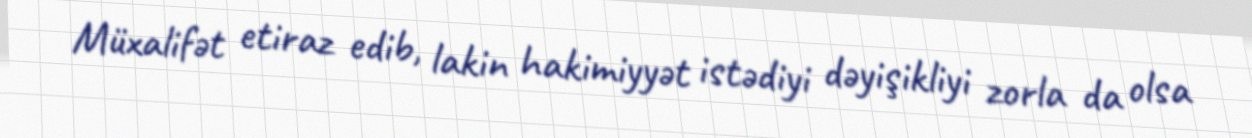
Müxalifət etiraz edib, lakin hakimiyyət istədiyi dəyişikliyi zorla da olsa